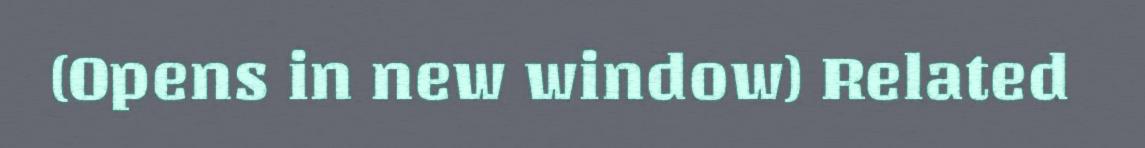
(Opens in new window) Related